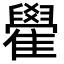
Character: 雤